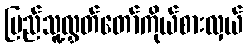
ပြည်သူ့လွှတ်တော်ကိုယ်စားလှယ်